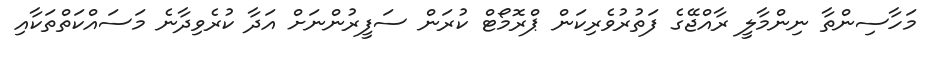
މަހާސިންތާ ނިންމާލީ ރާއްޖޭގެ ފަތުރުވެރިކަން ޕްރޮމޯޓް ކުރަން ސަފީރުންނަށް އަދާ ކުރެވިދާނެ މަސައްކަތްތަކާއި